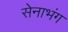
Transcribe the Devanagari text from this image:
सेनाभंग